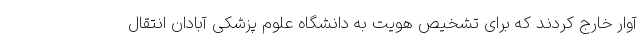
آوار خارج کردند که برای تشخیص هویت به دانشگاه علوم پزشکی آبادان انتقال